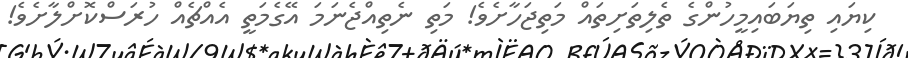
ކިޔައި ތިޔަބައިމީހުންގެ ތެލިތަށިތައް މަތިޖަހާށެވެ! މަތި ނެތިއްޖެނަމަ އޭގެމަތީ އެއްޗެއް ހުރަސްކޮށްލާށެވެ!